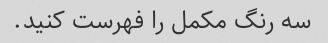
سه رنگ مکمل را فهرست کنید.